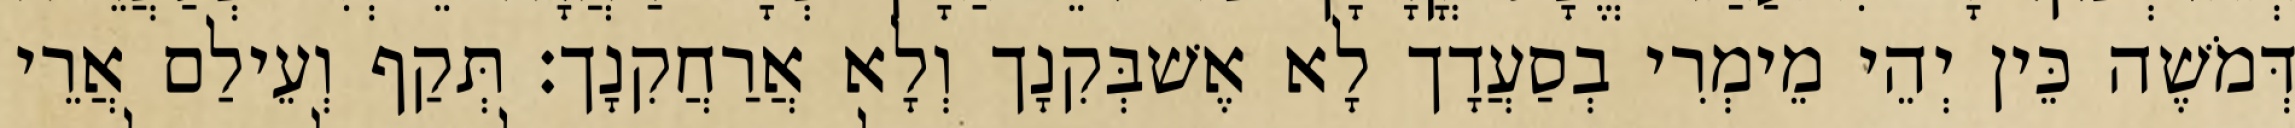
דְּמֹשֶׁה כֵּין יְהֵי מֵימְרִי בְסַעֲדָך לָא אֶשׁבְּקִנָך וְלָא אֲרַחֲקִנָך׃ תְּקַף וְעֵילַם אֲרֵי